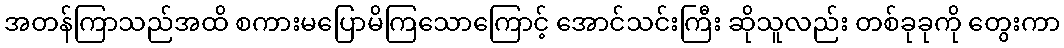
အတန်ကြာသည်အထိ စကားမပြောမိကြသောကြောင့် အောင်သင်းကြီး ဆိုသူလည်း တစ်ခုခုကို တွေးကာ